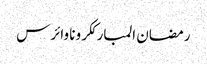
رمضان المبارککرونا وائرس